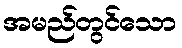
အမည်တွင်သော